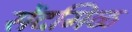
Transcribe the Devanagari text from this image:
सेंदमिळ